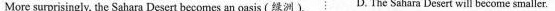
More surprisingly, the Sahara Desert becomes an oasis (绿洲) D.The Sahara Desert will become smaller.